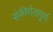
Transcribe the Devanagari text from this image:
संकीर्णतापूर्ण